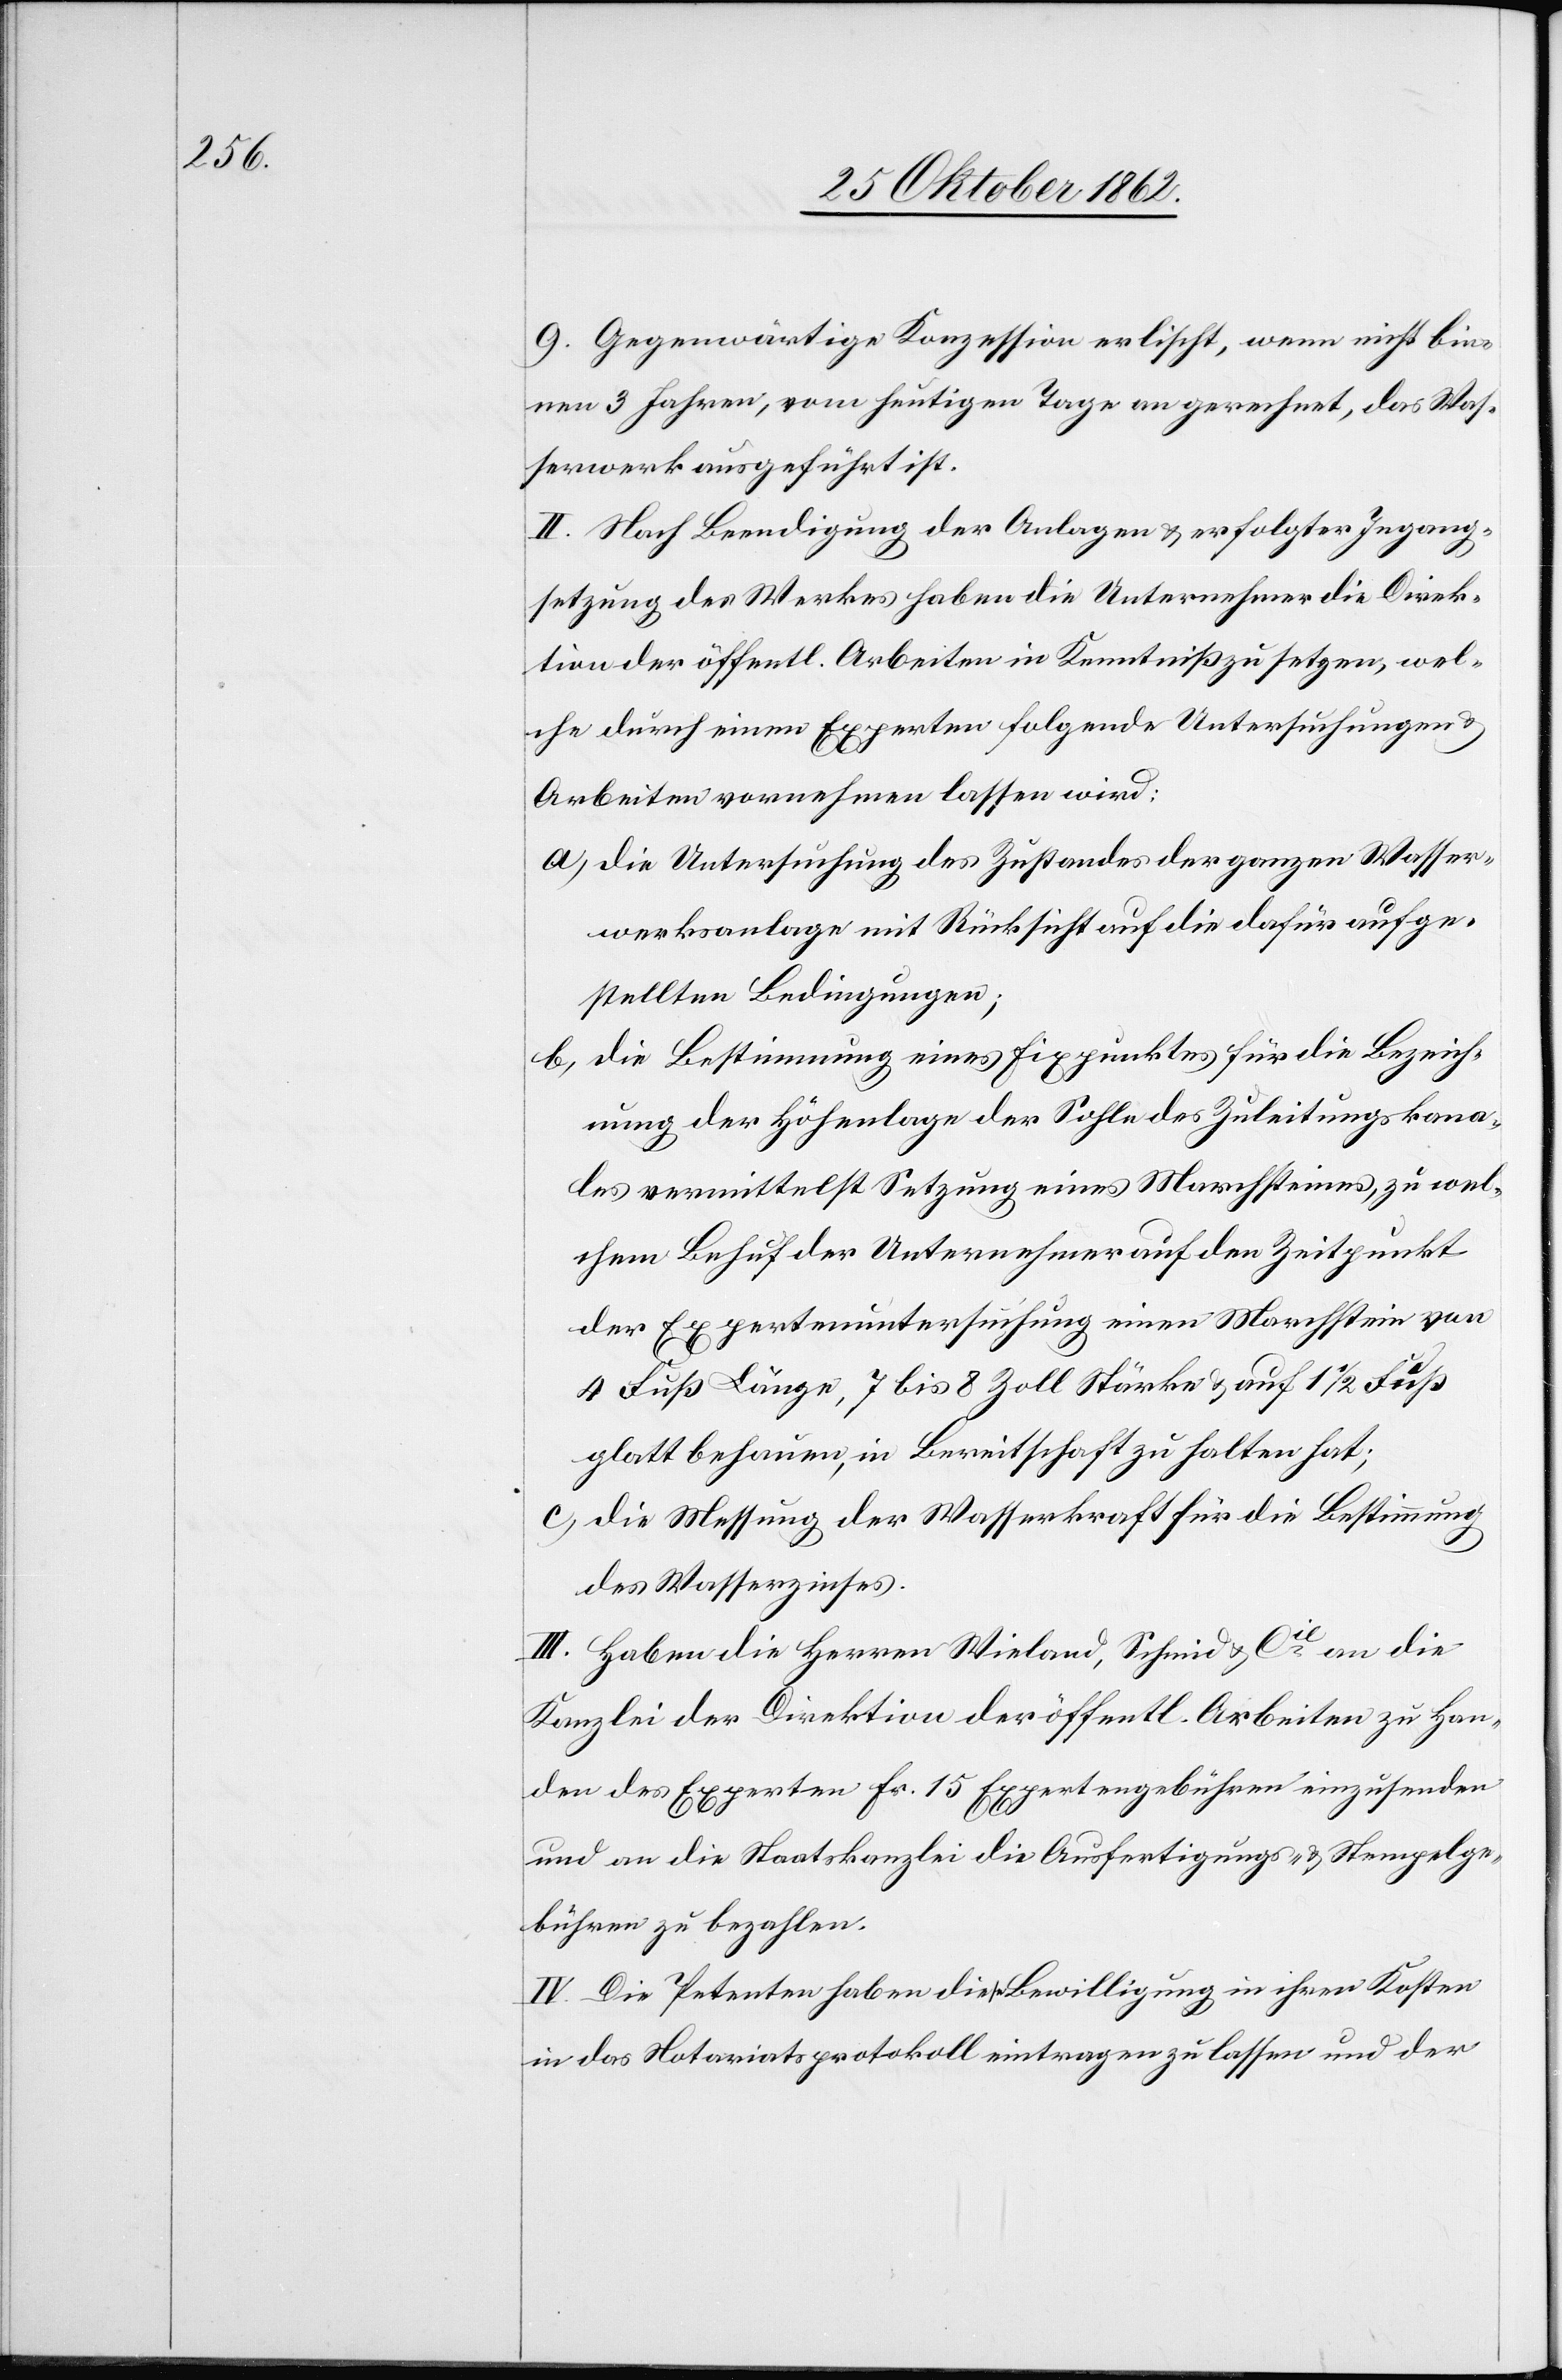
9. Gegenwärtige Konzession erlischt, wenn nicht bin¬
nen 3 Jahren, vom heutigen Tage an gerechnet, das Was¬
serwerk ausgeführt ist.
II. Nach Beendigung der Anlagen u. erfolgter Ingang¬
setzung des Werkes haben die Unternehmer die Direk¬
tion der öffentl. Arbeiten in Kenntniß zu setzen, wel¬
che durch einen Experten folgende Untersuchungen u.
Arbeiten vornehmen lassen wird:
a) die Untersuchung des Zustandes der ganzen Wasser¬
werksanlage mit Rücksicht auf die dafür aufge¬
stellten Bedingungen;
b) die Bestimmung eines Fixpunktes für die Bezeich¬
nung der Höhenlage der Sohle des Zuleitungskana¬
les vermittelst Setzung eines Marchsteines, zu wel¬
chem Behuf der Unternehmer auf den Zeitpunkt
der Expertenuntersuchung einen Marchstein von
4 Fuß Länge, 7 bis 8 Zoll Stärke u. auf 1 1/2 Fuß
glatt behauen, in Bereitschaft zu halten hat;
c) die Messung der Wasserkraft für die Bestimmung
des Wasserzinses.
III. Haben die Herren Wieland, Schmid u. Cie an die
Kanzlei der Direktion der öffentl. Arbeiten zu Han¬
den des Experten Fr. 15 Expertengebühren einzusenden
und an die Staatskanzlei die Ausfertigungs- u. Stempelge¬
bühren zu bezahlen.
IV. Die Petenten haben diese Bewilligung in ihren Kosten
in das Notariatsprotokoll eintragen zu lassen und der